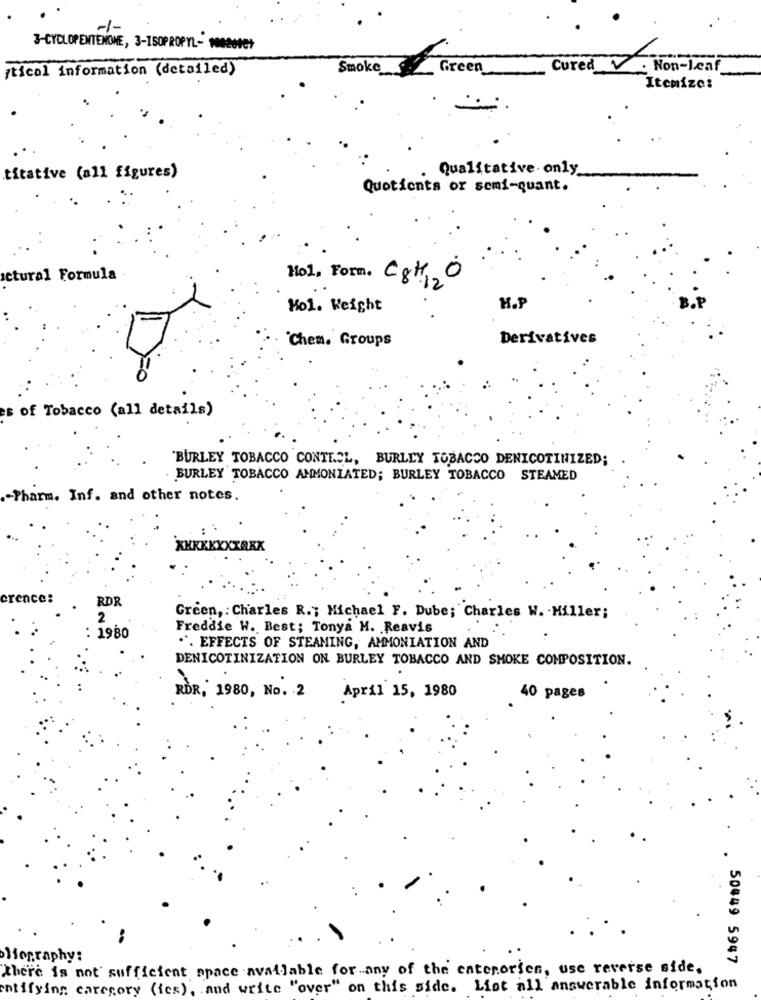
-1-
3-CYCLOPENTENONE, 3-ISOPROPYL- 1002007
¡ticol information (detailed)
Smoke
Green
Cured V. Non-leaf
Itemize:
Qualitative. only
titative (all figures)
Quotients or semi-quant.
,0
ctural Formula
Hol, Form. C8H12
Mol. Weight
H.P
Chem. Groups
Derivatives
s of Tobacco (all details)
"BURLEY TOBACCO CONTROL, BURLEY TOBACCO DENICOTINIZED;
. BURLEY TOBACCO AMMONIATED; BURLEY TOBACCO STEAMED
.- Pharm. Inf. and other notes.
crence:
RDR
2
Green, : Charles R .; Michael F. Dube; Charles W. Miller;
Freddie W. Best; Tonya M. Reavis
: 1980
". EFFECTS OF STEAMING, AMMONIATION AND
DENICOTINIZATION ON BURLEY TOBACCO AND SMOKE COMPOSITION.
RDR, 1980, No. 2 April 15, 1980
40 pages
lography:
. 50849 5947
there is not sufficient space available for any of the enterories, use reverse side.
entifying caregory (ies), and write "over" on this side. List all answerable information